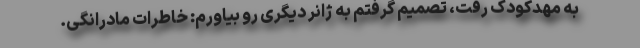
به مهدکودک رفت، تصمیم گرفتم به ژانر دیگری رو بیاورم: خاطرات مادرانگی.